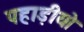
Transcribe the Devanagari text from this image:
पहाड़ीयो